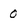
Character: 0